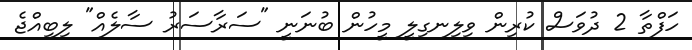
ހަފްތާ 2 ދުވަސް ކުރިން ވިލިނގިލީ މީހުން ބުނަނީ "ސަރާސަރު ސާލެއް" ލިބިއްޖެ